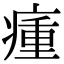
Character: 瘇